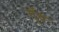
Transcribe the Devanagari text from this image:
गूॅंथ